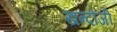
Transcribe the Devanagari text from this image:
खन्दोजी